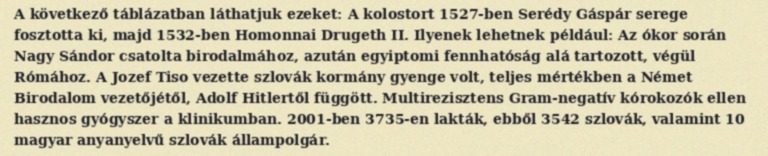
A következő táblázatban láthatjuk ezeket: A kolostort 1527-ben Serédy Gáspár serege fosztotta ki, majd 1532-ben Homonnai Drugeth II. Ilyenek lehetnek például: Az ókor során Nagy Sándor csatolta birodalmához, azután egyiptomi fennhatóság alá tartozott, végül Rómához. A Jozef Tiso vezette szlovák kormány gyenge volt, teljes mértékben a Német Birodalom vezetőjétől, Adolf Hitlertől függött. Multirezisztens Gram-negatív kórokozók ellen hasznos gyógyszer a klinikumban. 2001-ben 3735-en lakták, ebből 3542 szlovák, valamint 10 magyar anyanyelvű szlovák állampolgár.